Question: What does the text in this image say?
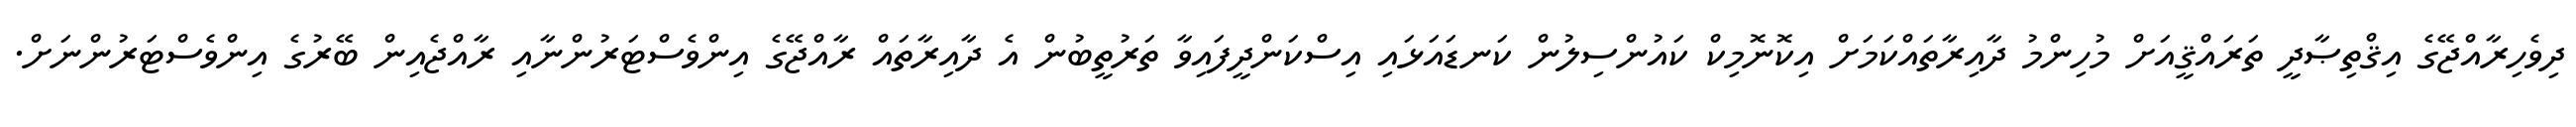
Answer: ދިވެހިރާއްޖޭގެ އިޤްތިޞާދީ ތަރައްޤީއަށް މުހިންމު ދާއިރާތައްކަމަށް އިކޮނޮމިކް ކައުންސިލުން ކަނޑައަޅައި އިސްކަންދީފައިވާ ތަރުތީބުން އެ ދާއިރާތައް ރާއްޖޭގެ އިންވެސްޓަރުންނާއި ރާއްޖެއިން ބޭރުގެ އިންވެސްޓަރުންނަށް.